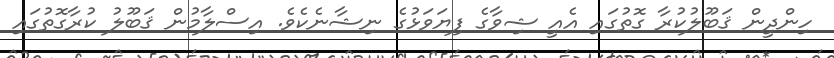
ހިންދީން ޤަބޫލުކުރާ ގޮތުގައި އެއީ ޝިވާގެ ފިޔަވަޅުގެ ނިޝާނެކެވެ. އިސްލާމުން ޤަބޫލު ކުރާގޮތުގައި